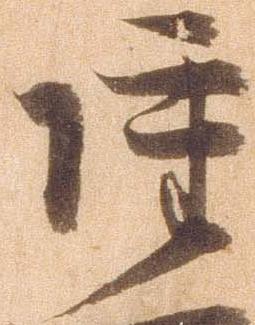
雖